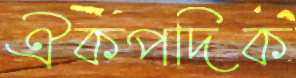
ঐকপদিক